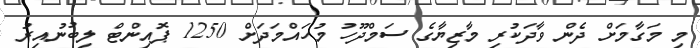
މި މަގާމަށް ދެން ވާދަކުރި މާޒިޔާގެ ސަމްދޫހު މުހައްމަދަށް 1250 ޕޮއިންޓް ލިބުނުއިރު